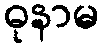
ဓုနာမ